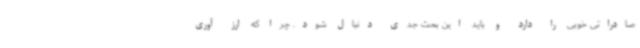
صادراتی خوبی را دارد و باید این بحث جدی دنبال شود. چرا که ارز آوری